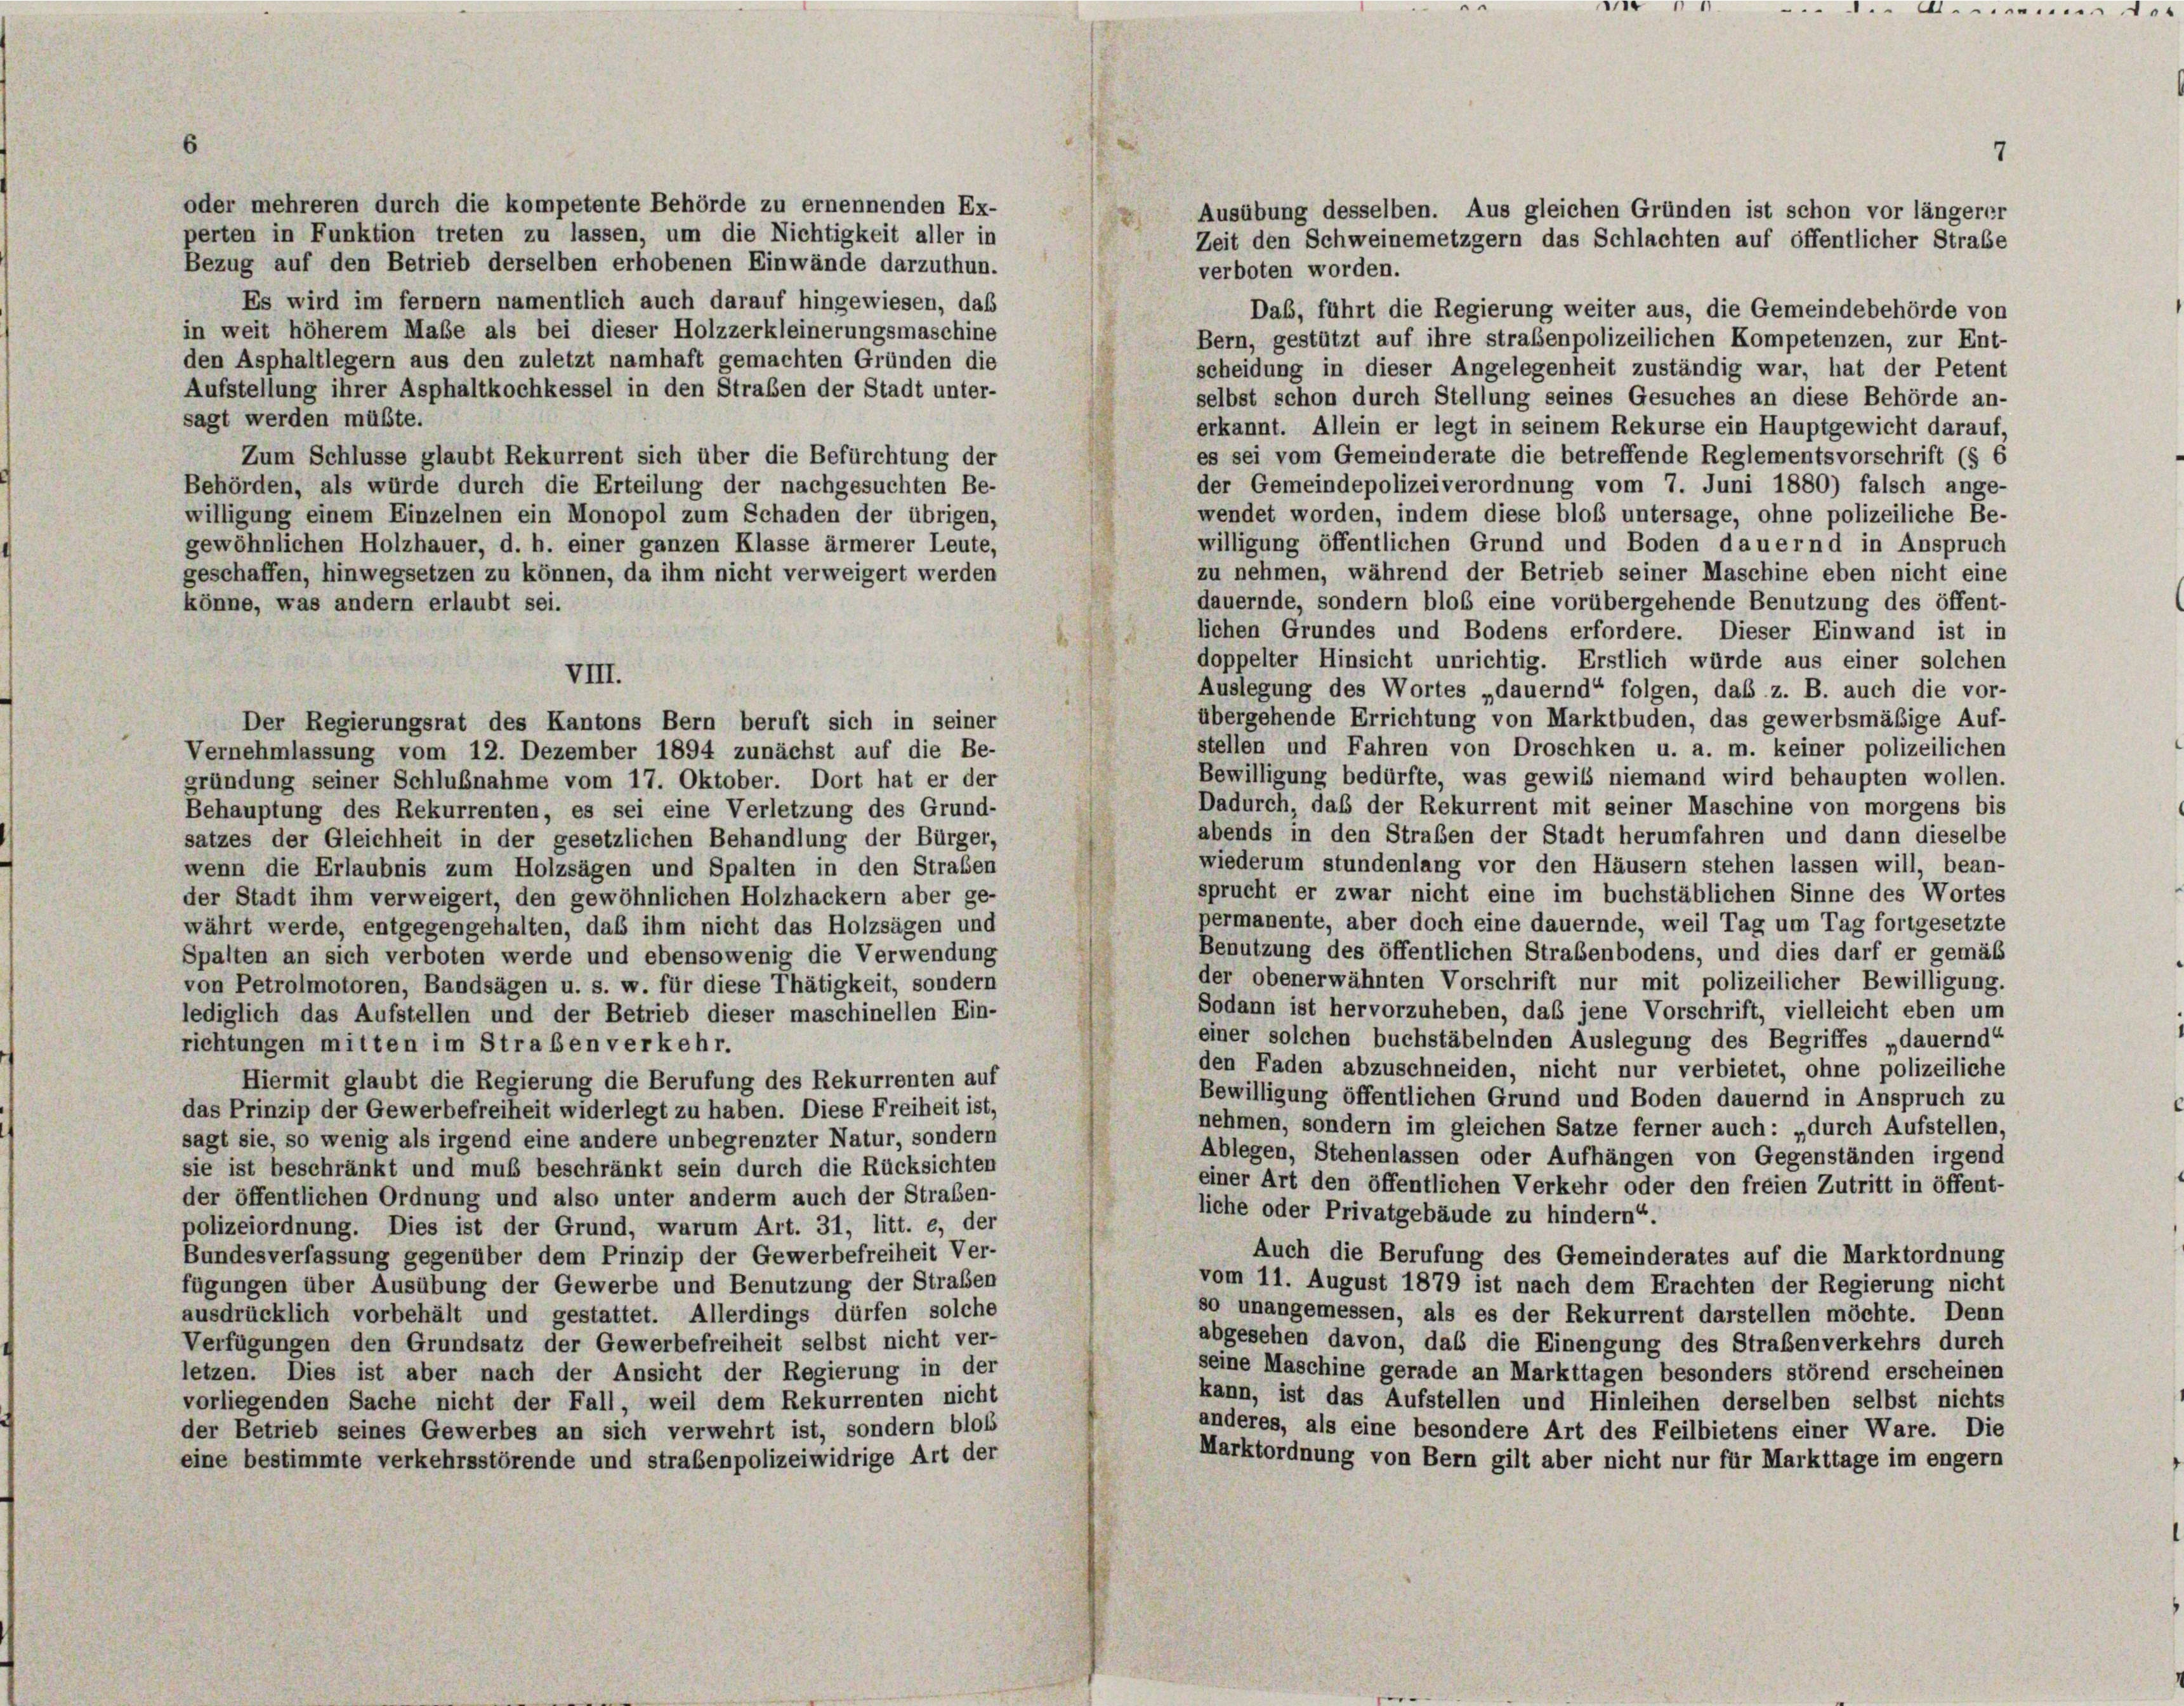
oder mehreren durch die kompetente Behörde zu ernennenden Ex-
perten in Funktion treten zu lassen, um die Nichtigkeit aller in
Bezug auf den Betrieb derselben erhobenen Einwände darzuthun.
verboten worden.
Es wird im fernem namentlich auch darauf hingewiesen, das
Das, führt die Regierung weiter aus, die Gemeindebehörde von
in weit höherem Maße als bei dieser Holzzerkleinerungsmaschine
Bern, gestützt auf ihre straßenpolizeilichen Kompetenzen, zur Ent-
den Asphaltlegern aus den zuletzt namhaft gemachten Gründen die
scheidung in dieser Angelegenheit zuständig war, hat der Petent
Aufstellung ihrer Asphaltkochkessel in den Straßen der Stadt unter-
selbst schon durch Stellung seines Gesuches an diese Behörde an-
sagt werden müßte.
erkannt. Allein er legt in seinem Rekurse ein Hauptgewicht darauf,
es sei vom Gemeinderate die betreffende Reglementsvorschrift (§ 6
Zum Schlüsse glaubt Rekurrent sich über die Befürchtung der
der Gemeindepolizeiverordnung vom 7. Juni 1880) falsch ange-
Behörden, als würde durch die Erteilung der nachgesuchten Be-
wendet worden, indem diese bloß untersage, ohne polizeiliche Be-
willigung einem Einzelnen ein Monopol zum Schaden der übrigen,
willigung öffentlichen Grund und Boden dauernd in Anspruch
gewöhnlichen Holzhauer, d. h. einer ganzen Klasse ärmerer Leute,
zu nehmen, während der Betrieb seiner Maschine eben nicht eine
geschaffen, hinwegsetzen zu können, da ihm nicht verweigert werden
dauernde, sondern bloß eine vorübergehende Benutzung des öffent-
könne, was andern erlaubt sei.
lichen Grundes und Bodens erfordere. Dieser Einwand ist in
doppelter Hinsicht unrichtig. Erstlich würde aus einer solchen
VIII.
Auslegung des Wortes „dauernd“ folgen, das z. B. auch die vor-
übergehende Errichtung von Marktbuden, das gewerbsmäßige Auf-
Der Regierungsrat des Kantons Bern beruft sich in seiner
stellen und Fahren von Droschken u. a. m. keiner polizeilichen
Vernehmlassung vom 12. Dezember 1894 zunächst auf die Be-
Bewilligung bedürfte, was gewils niemand wird behaupten wollen.
gründung seiner Schlußnahme vom 17. Oktober. Dort hat er der
Dadurch, daß der Rekurrent mit seiner Maschine von morgens bis
Behauptung des Rekurrenten, es sei eine Verletzung des Grund-
abends in den Straßen der Stadt herumfahren und dann dieselbe
satzes der Gleichheit in der gesetzlichen Behandlung der Bürger,
wiederum stundenlang vor den Häusern stehen lassen will, bean-
wenn die Erlaubnis zum Holzsägen und Spalten in den Strafen
sprucht er zwar nicht eine im buchstäblichen Sinne des Wortes
der Stadt ihm verweigert, den gewöhnlichen Holzhackern aber ge-
permanente, aber doch eine dauernde, weil Tag um Tag fortgesetzte
währt werde, entgegengehalten, daß ihm nicht das Holzsägen und
Benutzung des öffentlichen Straßenbodens, und dies darf er gemäß
Spalten an sich verboten werde und ebensowenig die Verwendung
der obenerwähnten Vorschrift nur mit polizeilicher Bewilligung.
von Petrolmotoren, Bandsägen u. s. w. für diese Thätigkeit, sondern
Sodann ist hervorzuheben, das jene Vorschrift, vielleicht eben um
lediglich das Aufstellen und der Betrieb dieser maschinellen Ein-
einer solchen buchstäbelnden Auslegung des Begriffes „dauernd
richtungen mitten im Straben verkehr.
den Faden abzuschneiden, nicht nur verbietet, ohne polizeiliche
Hiermit glaubt die Regierung die Berufung des Rekurrenten auf
Bewilligung öffentlichen Grund und Boden dauernd in Anspruch zu
das Prinzip der Gewerbefreiheit widerlegt zu haben. Diese Freiheit ist,
nehmen, sondern im gleichen Satze ferner auch: „durch Aufstellen.
sagt sie, so wenig als irgend eine andere unbegrenzter Natur, sondern
Ablegen, Stehenlassen oder Aufhängen von Gegenständen irgend
sie ist beschränkt und muß beschränkt sein durch die Rücksichten
einer Art den öffentlichen Verkehr oder den freien Zutritt in öffent-
der öffentlichen Ordnung und also unter anderm auch der Straßen-
liche oder Privatgebäude zu hindern“.
polizeiordnung. Dies ist der Grund, warum Art. 31, litt. e, der
Auch die Berufung des Gemeinderates auf die Marktordnung
Bundesverfassung gegenüber dem Prinzip der Gewerbefreiheit Ver-
vom 11. August 1879 ist nach dem Erachten der Regierung nicht
fügungen über Ausübung der Gewerbe und Benutzung der Straßen
so unangemessen, als es der Rekurrent darstellen möchte. Denn
ausdrücklich vorbehält und gestattet. Allerdings dürfen solche
abgesehen davon, daß die Einengung des Straßenverkehrs durch
Verfügungen den Grundsatz der Gewerbefreiheit selbst nicht ver-
seine Maschine gerade an Markttagen besonders störend erscheinen
letzen. Dies ist aber nach der Ansicht der Regierung in der
kann, ist das Aufstellen und Hinleihen derselben selbst nichts
vorliegenden Sache nicht der Fall, weil dem Rekurrenten nicht
anderes, als eine besondere Art des Feilbietens einer Ware. Die
der Betrieb seines Gewerbes an sich verwehrt ist, sondern bloß
Marktordnung von Bern gilt aber nicht nur für Markttage im engem
eine bestimmte verkehrsstörende und strabenpolizeiwidrige Art der

7
Ausübung desselben. Aus gleichen Gründen ist schon vor längerer
Zeit den Schweinemetzgern das Schlachten auf öffentlicher Straße

..........